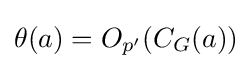
\theta (a)=O_{p'}(C_{G}(a))